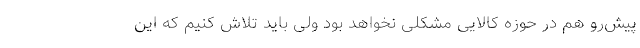
پیش‌رو هم در حوزه کالایی مشکلی نخواهد بود ولی باید تلاش کنیم که این